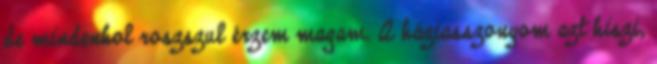
de mindenhol roszszul érzem magam. A háziasszonyom azt hiszi,